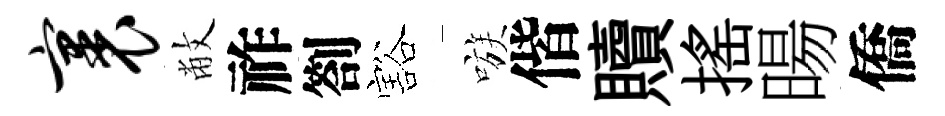
裹敝祚劄豁嗾偕贖摇暘僑